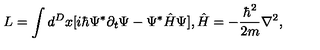
L = \int d ^ { D } x [ i \hbar \Psi ^ { * } \partial _ { t } \Psi - \Psi ^ { * } \hat { H } \Psi ] , \hat { H } = - \frac { \hbar ^ { 2 } } { 2 m } \nabla ^ { 2 } ,